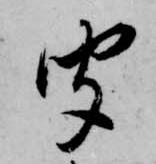
聞